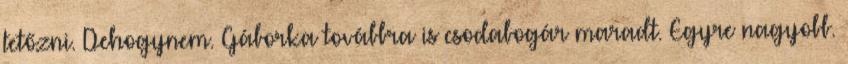
tetőzni. Dehogynem. Gáborka továbbra is csodabogár maradt. Egyre nagyobb.